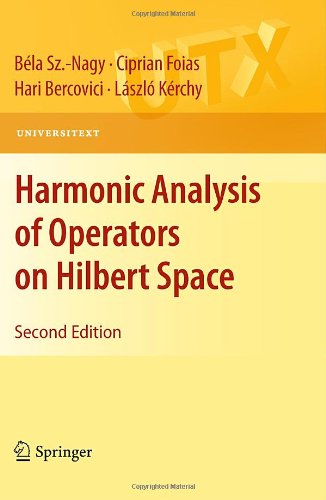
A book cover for Harmonic Analysis of Operators on Hilbert Space (Universitext); BÃ©la Sz Nagy; Science & Math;